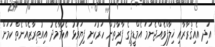
އަދި އެއިޤްރާރާއި ޚިލާފްވެއްޖެނަމަ އެމްޑީޕީގެ ފާރާތުން ހަރުކަށި ފިޔަވަޅު އެޅުމާމެދު އިއުތިރާޒެއްނެތް ކަމަށް